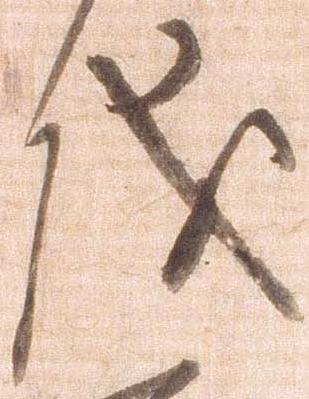
儀